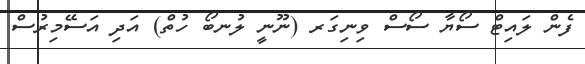
ފެން ލައިޓް ސޯޔާ ސޯސް ވިނިގަރ (ނޫނީ ލުނބޯ ހުތް) އަދި އަސޭމިރުސް